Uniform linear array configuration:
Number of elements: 64
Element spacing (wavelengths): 1
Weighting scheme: uniform
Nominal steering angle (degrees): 15
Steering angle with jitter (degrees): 15.699
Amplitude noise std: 0.05
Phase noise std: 0.05

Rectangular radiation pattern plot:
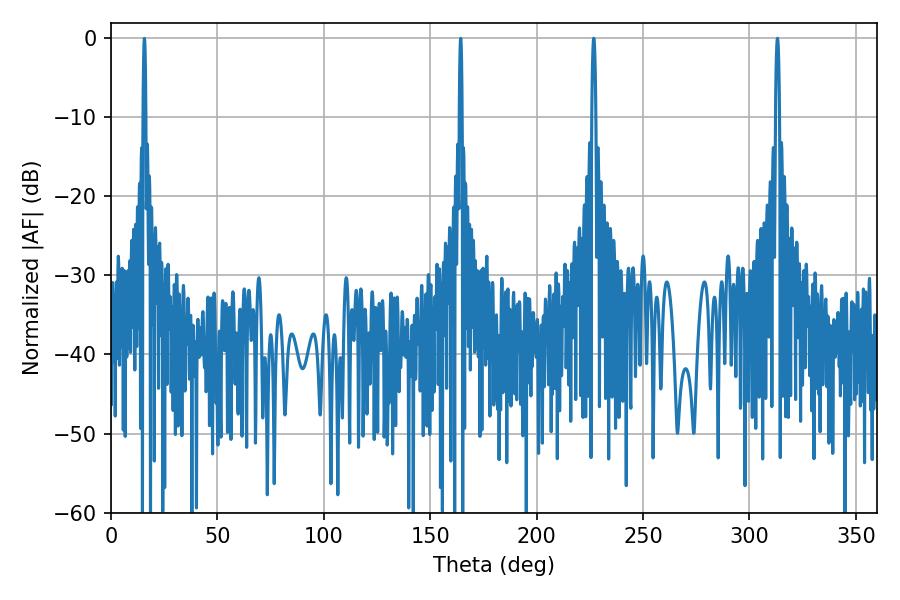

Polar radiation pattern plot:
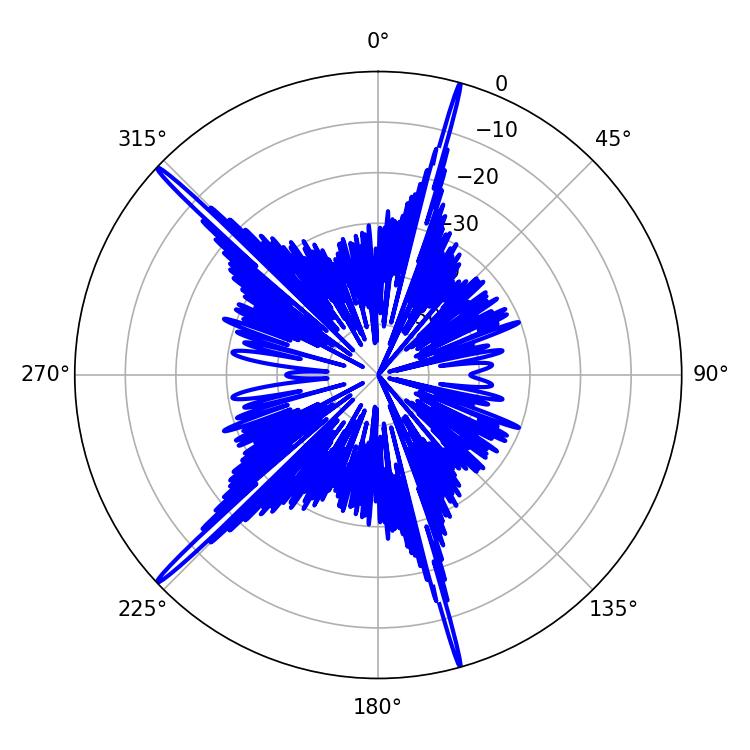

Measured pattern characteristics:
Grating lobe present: TRUE
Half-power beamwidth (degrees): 1.08
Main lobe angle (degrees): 226.8